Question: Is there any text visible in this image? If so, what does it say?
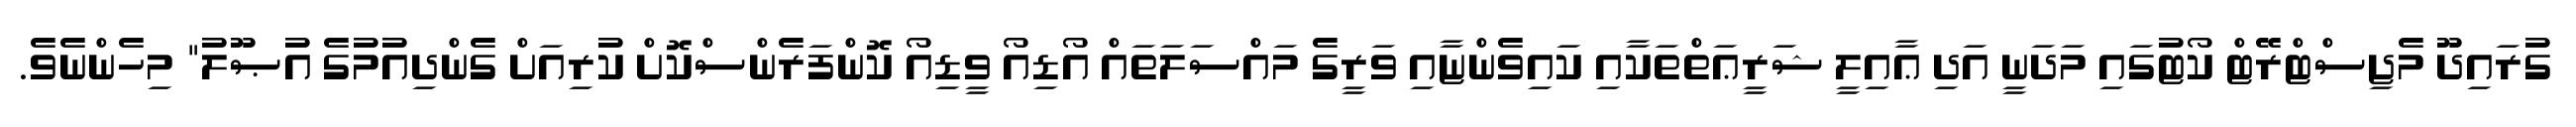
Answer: ގުރައިދޫ މެޖިސްޓްރޭޓް ކޯޓުގައި މަދަނީ އަދި ޢާއިލީ ޝަރީޢަތްތަކާއި ކައިވެންޏާއި ވަރީގެ މައްސަލަތައް އޯޑިއޯ ވީޑިއޯ ކޮންފަރެންސްކޮށް ކުރިއަށް ގެންދިއުމުގެ އުޞޫލު" މިހެންނެވެ.